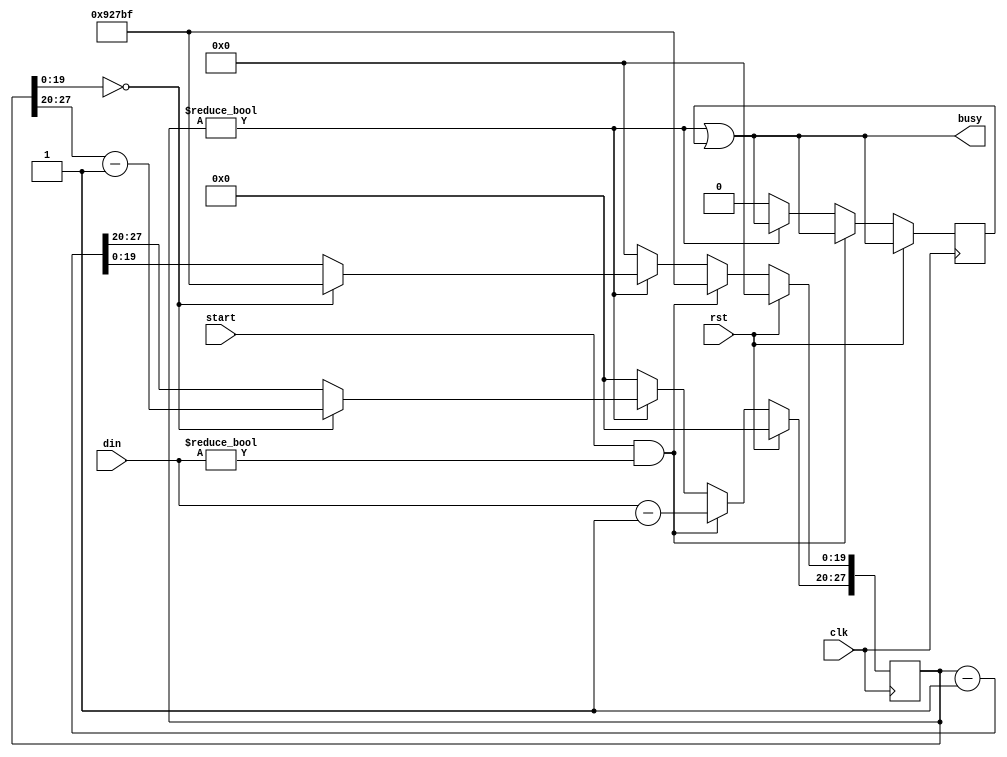
module WAIT (
	// input signals
	input  wire [7:0] din,
	input  wire       start,
	// output signals
	output wire       busy,
	// generic signals
	input wire        clk,
	input wire        rst
);

`ifndef SYNTHESIS
   parameter
   MAXC = 3'd 5, // FSM will keep busy=1 for MAXC clocks
   high_w = 8,
   low_w  = 3,
   cnt_w = high_w + low_w;
`else
   parameter
   MAXC = 20'd 600_000, // 50ms @ 12MHz = 1/20 s
   high_w = 8,
   low_w  = 20,
   cnt_w = high_w + low_w;
`endif

   // internal register
   reg [cnt_w-1:0] counter = 0;
   reg b = 0;

   always @( posedge clk )
   begin
      b <= busy;      
      if ( rst  ) counter <= {cnt_w{1'b0}};
      else if ( start && din != 0 ) counter <= { din-{{high_w-1{1'b0}},1'b1}, MAXC-{{low_w-1{1'b0}},1'b1} };
      else if ( counter != 0 ) 
         if ( counter[low_w-1:0] == 0 ) begin
            counter[low_w-1:0] <= MAXC-{{low_w-1{1'b0}},1'b1};
            counter[cnt_w-1:low_w] <= counter[cnt_w-1:low_w] - 1;
         end else counter <= counter - 1;
      else begin
         counter <= {cnt_w{1'b0}};
         b<=0;
      end
   end

   wire [low_w-1:0] low  = counter[low_w-1:0];
   wire [7:0]       high = counter[cnt_w-1:low_w];

   assign busy = ( counter != 0 ) | b ;

`ifdef FORMAL

   reg	f_past_valid;
   initial	f_past_valid = 1'b0;
   always @(posedge clk)
   f_past_valid <= 1'b1;

  end

`endif

endmodule